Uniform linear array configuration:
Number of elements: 32
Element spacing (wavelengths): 1
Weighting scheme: kaiser
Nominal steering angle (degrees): -15
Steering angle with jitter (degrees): -13.708
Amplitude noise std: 0.05
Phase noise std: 0.05

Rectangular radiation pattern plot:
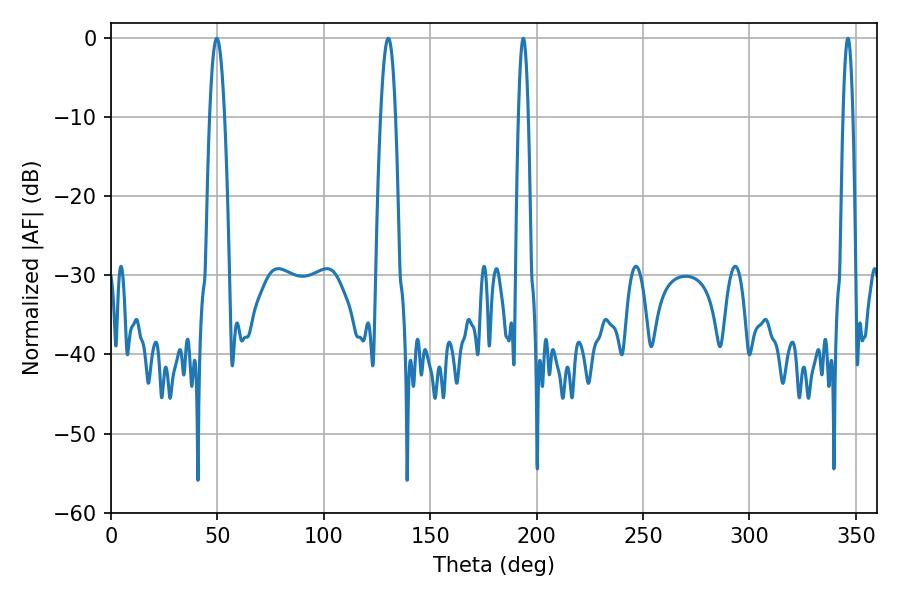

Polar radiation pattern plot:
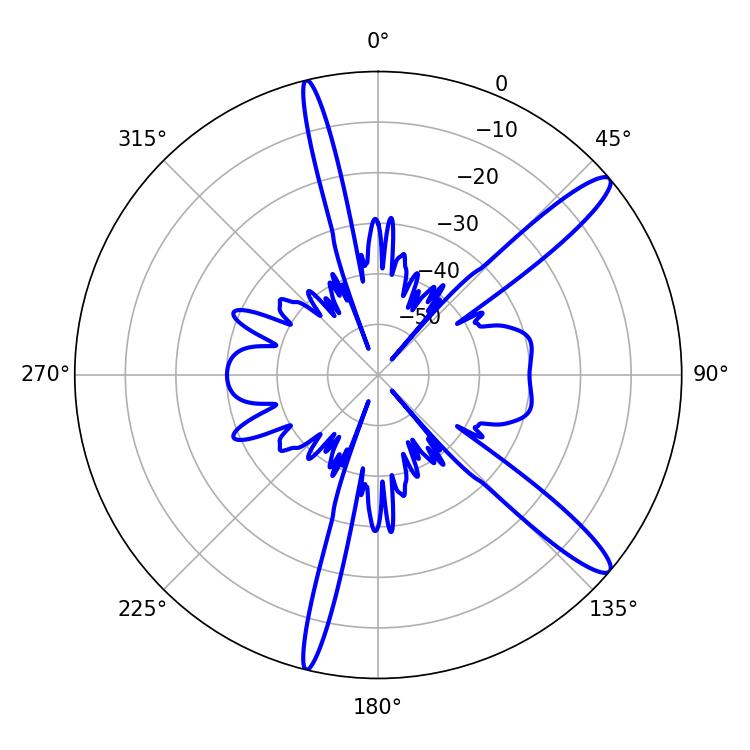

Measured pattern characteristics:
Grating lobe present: TRUE
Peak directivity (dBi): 13.522
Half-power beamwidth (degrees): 3.78
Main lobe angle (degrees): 49.68